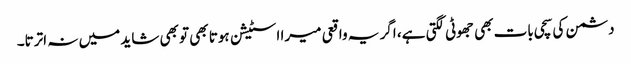
دشمن کی سچی بات بھی جھوٹی لگتی ہے، اگر یہ واقعی میرا اسٹیشن ہوتا بھی تو بھی شاید میں نہ اترتا۔